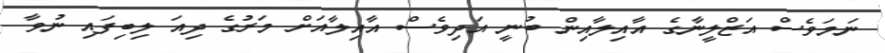
ނަމަވެސް އަޒްލީނާގެ އާއިލާއިން ބުނީ އަދިވެސް އާއިލާއަށް މަރުގެ ދިއަ ލިބިފައި ނުވާ